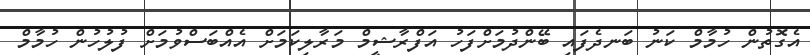
އެގޮތުން ހުމާމް ކަނު ބަނދެފައި ބޭންދުމަށްފަހު އަފްރާޝީމް މަރާލިކަމަށް އެއްބަސްވުމަށް ފުލުހުން ހުމާމް